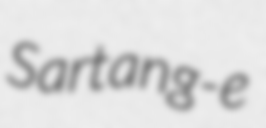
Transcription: Sartang-e